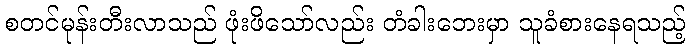
စတင်မုန်းတီးလာသည် ဖုံးဖိသော်လည်း တံခါးဘေးမှာ သူခံစားနေရသည့်